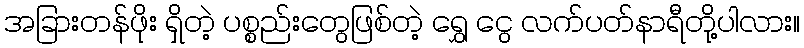
အခြားတန်ဖိုး ရှိတဲ့ ပစ္စည်းတွေဖြစ်တဲ့ ရွှေ ငွေ လက်ပတ်နာရီတို့ပါလား။